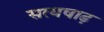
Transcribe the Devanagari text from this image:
सत्यषाढ़